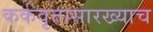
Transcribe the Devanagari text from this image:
कर्कवृत्तासारख्याच